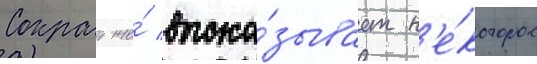
Сократ же́ выска́зывает н'е́которое